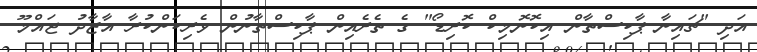
އަދި "ޗައިނާ-ޕާކިސްތާން އިކޮނޮމިކް ކޮރިޑޯ" ގެ ތެރެއިން ޕާކިސްތާނުން ވެރިކަންކުރާ އާޒާދު ޖައްމޫ